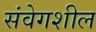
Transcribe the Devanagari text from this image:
संवेगशील